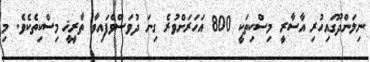
ނިލަންދޫގައިހުރި އާސާރީ މިސްކިތަކީ 800 އަހަރަށްވުރެ ގިނަ ދުވަސްވެފައިވާ ތާރީޚީ މިސްކިތެކެވެ. މި